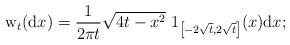
LaTeX: \begin{align*}\mathrm{w}_{t}(\mathrm{d}x)=\frac{1}{2\pi t}\sqrt{4t-x^{2}}{\ 1}_{\left[-2\sqrt{t},2\sqrt{t}\right] }(x)\mathrm{d}x;\end{align*}